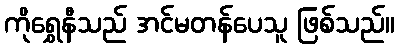
ကိုရွှေနီသည် အင်မတန်ပေသူ ဖြစ်သည်။